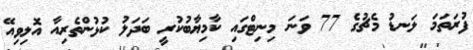
ފުރަތަމަ ލަނޑު މެޗުގެ 77 ވަނަ މިނިޓްގައި ކާމިޔާބުކުރީ ބަދަލު ކުޅުންތެރިއާ އޮލިވިއޭ